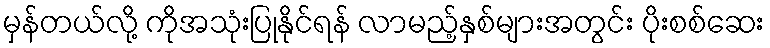
မှန်တယ်လို့ ကိုအသုံးပြုနိုင်ရန် လာမည့်နှစ်များအတွင်း ပိုးစစ်ဆေး